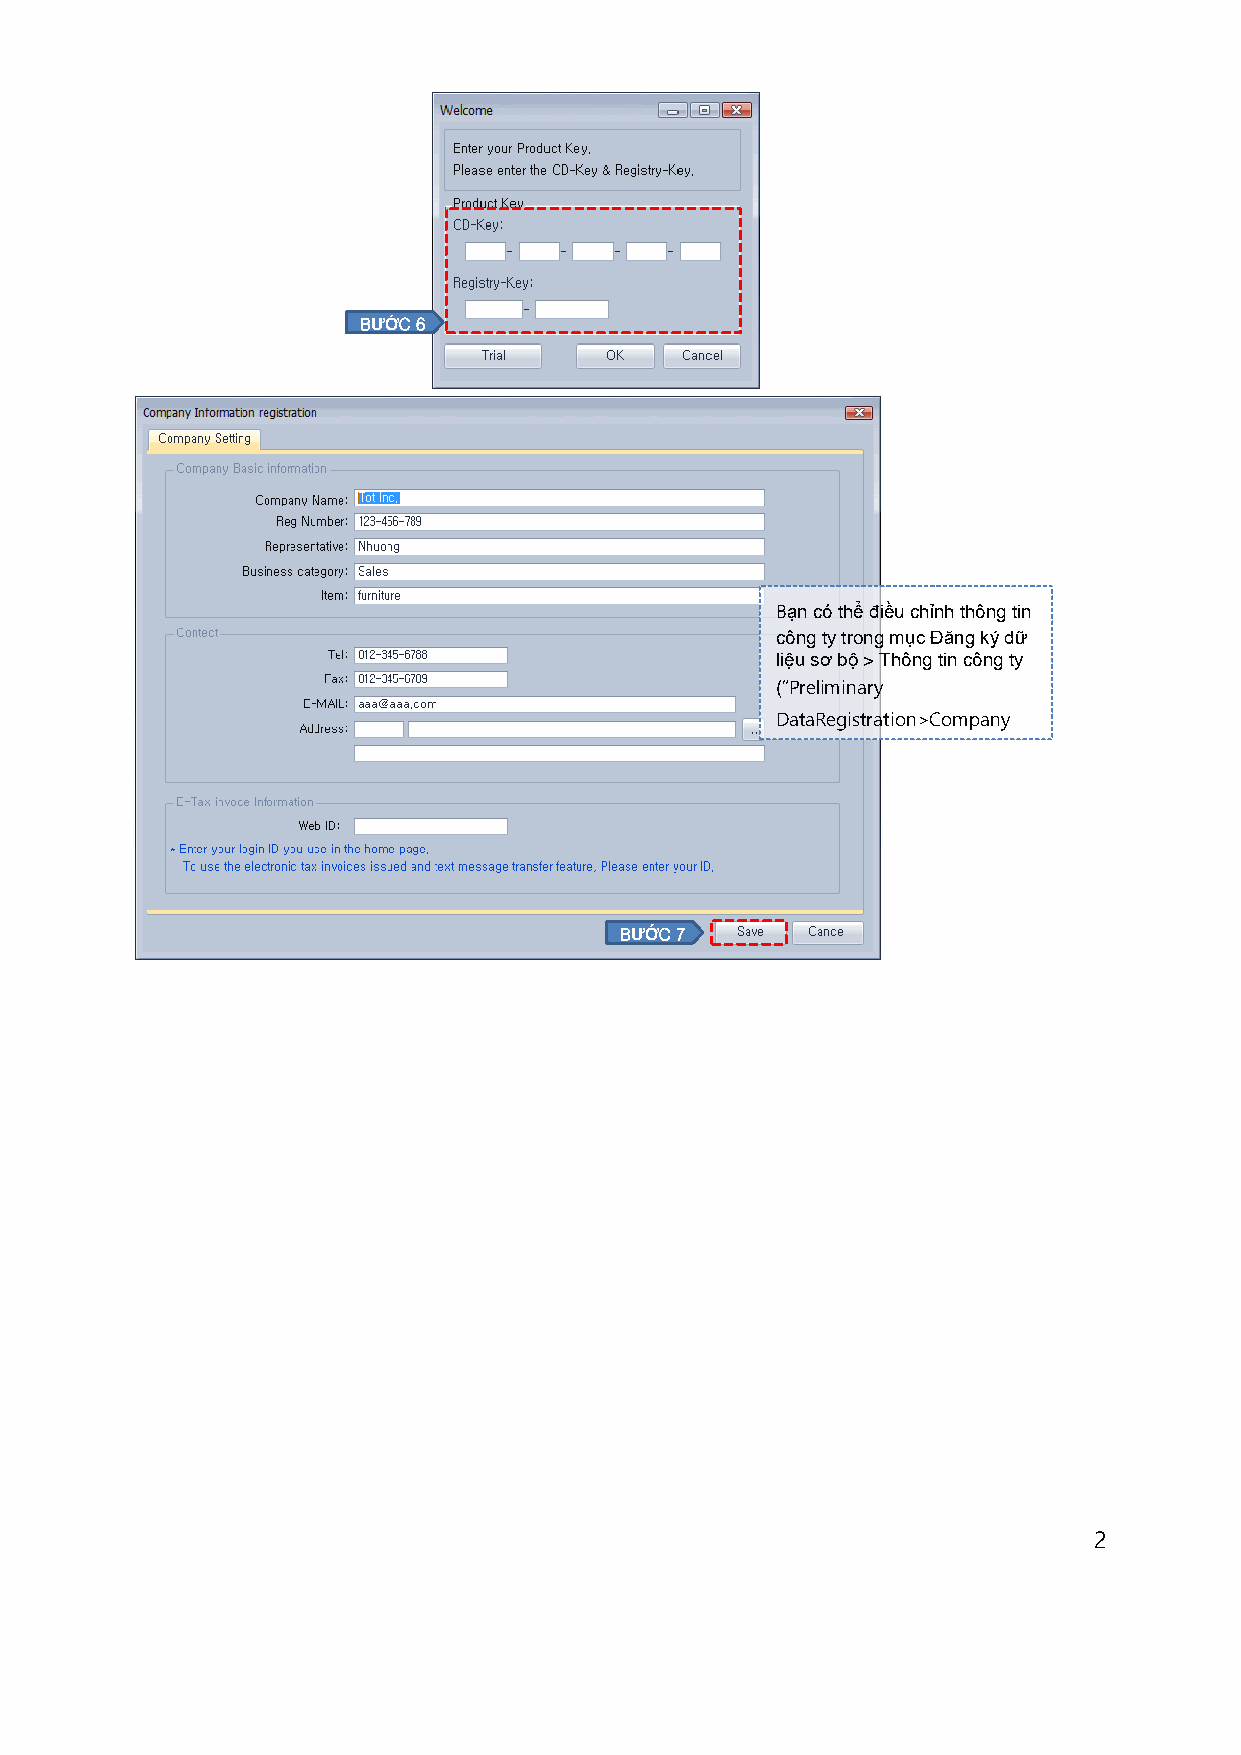
BƯỚC 6
 Bạn có thể điều chỉnh thông tin
 công ty trong mục Đăng ký dữ
 liệu sơ bộ > Thông tin công ty
 (“Preliminary
 DataRegistration>Company
 BƯỚC 7
 2